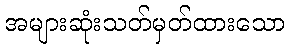
အများဆုံးသတ်မှတ်ထားသော